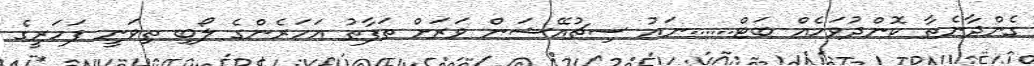
ގެންދާނެތާ ކޮންދުވަހެއް ބަޓް......ނައު ސިޗުއޭޝަން ވަރަށް ތަފާތު އަހަރެންގެ ލޯބި ތިވަނީ ފަހަރީގެ